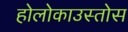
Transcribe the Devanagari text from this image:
होलोकाउस्तोस